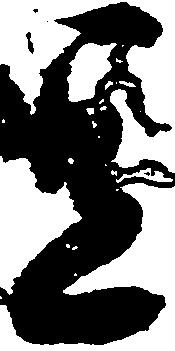
宜